Civil Veterinary Department. Madras. Admin. report 1926-33 - 1926-1933
Year: 1926
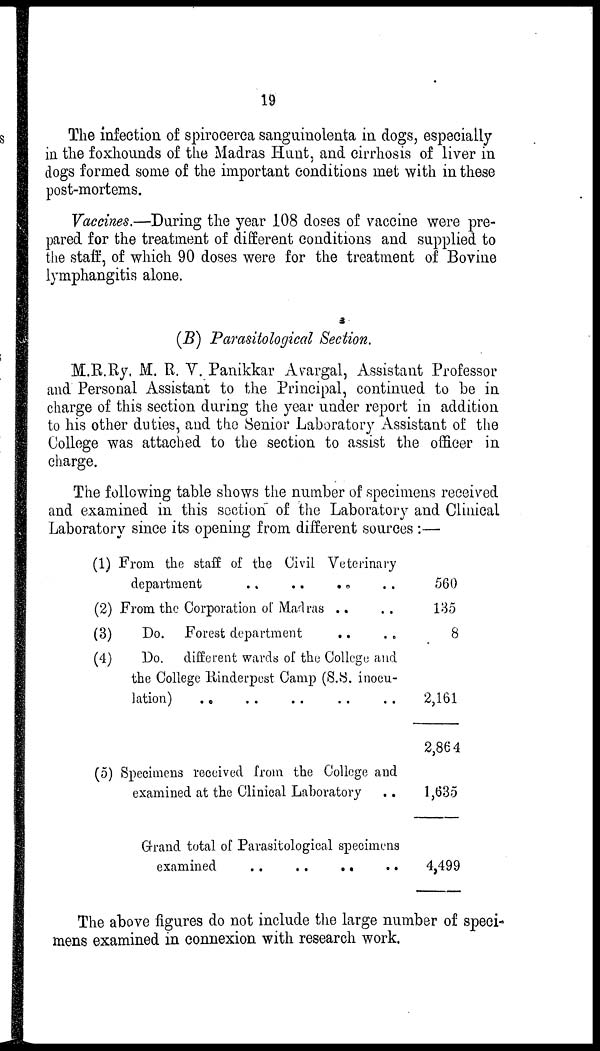
19
The infection of spirocerca sanguinolenta in dogs, especially
in the foxhounds of the Madras Hunt, and cirrhosis of liver in
dogs formed some of the important conditions met with in these
post-mortems.
Vaccines.—During the year 108 doses of vaccine were pre-
pared for the treatment of different conditions and supplied to
the staff, of which 90 doses were for the treatment of Bovine
lymphangitis alone.
(B) Parasitological Section.
M.R.Ry. M. R. V. Panikkar Avargal, Assistant Professor
and Personal Assistant to the Principal, continued to be in
charge of this section during the year under report in addition
to his other duties, and the Senior Laboratory Assistant of the
College was attached to the section to assist the officer in
charge.
The following table shows the number of specimens received
and examined in this section of the Laboratory and Clinical
Laboratory since its opening from different sources :—
(1) From the staff of the Civil Veterinary
department
..
..
..
..
(2) From the Corporation of Madras .. ..
(3)
Do. Forest department .. ..
(4)
Do. different wards of the College and
the College Rinderpest Camp (S.S. inocu-
lation) .. .. .. .. ..
(5) Specimens received from the College and
examined at the Clinical Laboratory
..
Grand total of Parasitological specimens
560
135
8
2,161
2,864
1,635
4,499
The above figures do not include the large number of speci-
mens examined in connexion with research work.